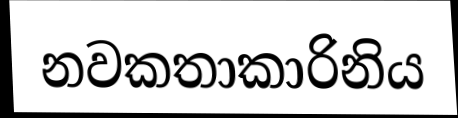
නවකතාකාරිනිය